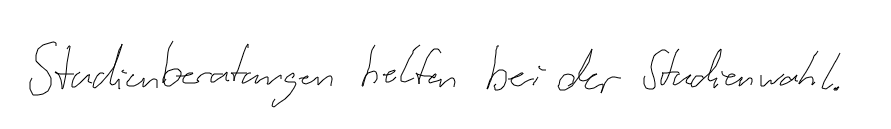
Studienberatungen helfen bei der Studienwahl.